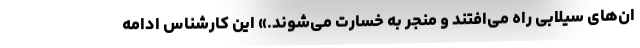
ان‌های سیلابی راه می‌افتند و منجر به خسارت می‌شوند.» این کارشناس ادامه